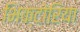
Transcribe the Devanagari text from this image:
भिक्टोरिया